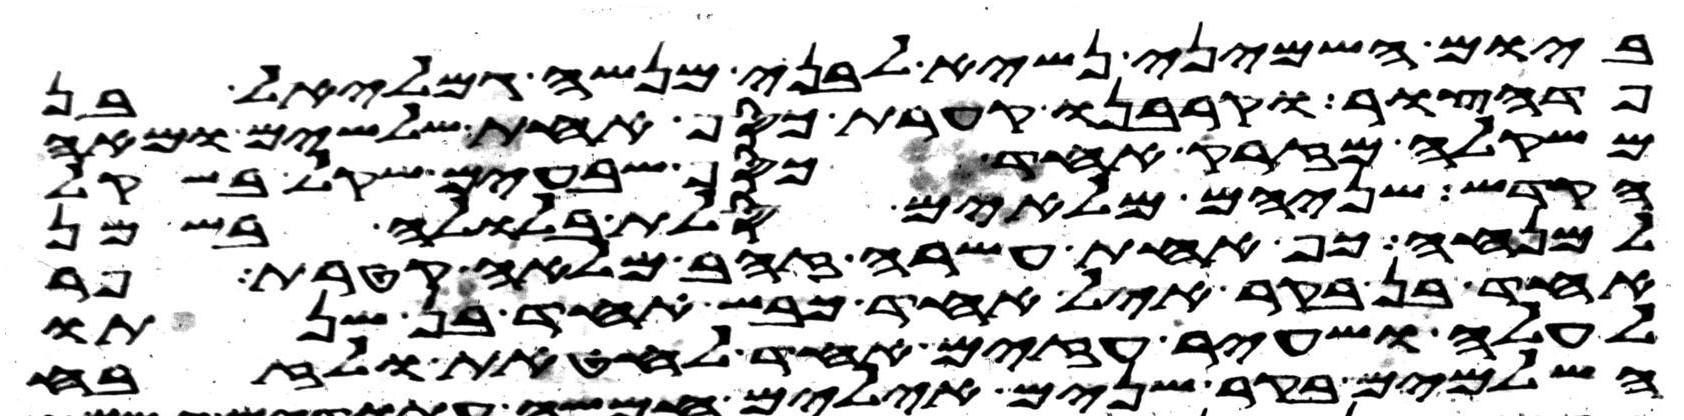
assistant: ביום השמיני נשיא לבני מנשה גמלאל בן
פדהצור וקרבנו קערת כסף אחת שלשים ומאה
משקלה מזרק אחד כסף שבעים שקל בשקל
הקדש שניהם מלאים סלת בלולה בשמן
למנחה כף אחת עשרה זהב מלאה קטרת פר
אחד בן בקר איל אחד כבש אחד בן שנתו
לעלה ושעיר עזים אחד לחטאת ולזבח